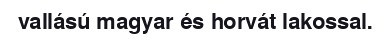
vallású magyar és horvát lakossal.